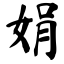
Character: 娟